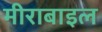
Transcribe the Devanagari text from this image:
मीराबाइल